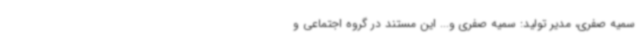
سمیه صفری، مدیر تولید: سمیه صفری و... این مستند در گروه اجتماعی و